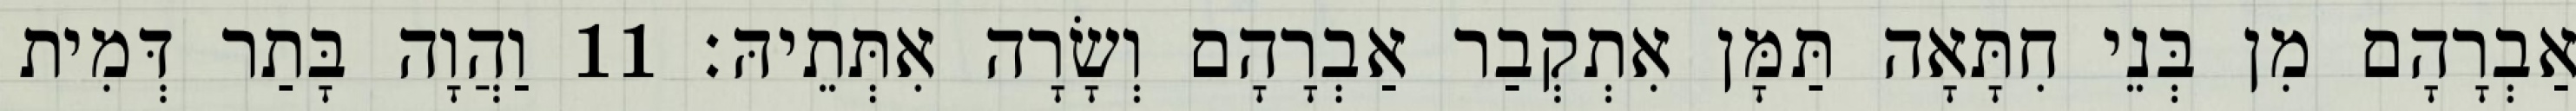
אַבְרָהָם מִן בְּנֵי חִתָּאָה תַּמָּן אִתְקְבַר אַבְרָהָם וְשָׂרָה אִתְּתֵיהּ׃ 11 וַהֲוָה בָּתַר דְּמִית